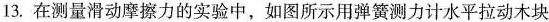
13.在测量滑动摩擦力的实验中，如图所示用弹簧测力计水平拉动木块